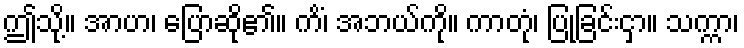
ဤသို့။ အာဟ၊ ပြောဆို၏။ ကိံ၊ အဘယ်ကို။ ကာတုံ၊ ပြုခြင်းငှာ။ သက္ကာ၊